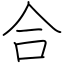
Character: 合